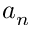
a _ { n }